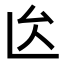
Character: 𠫙